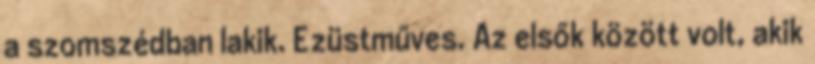
a szomszédban lakik. Ezüstműves. Az elsők között volt, akik